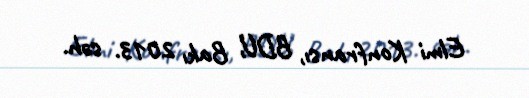
Elmi Konfransı, BDU, Bakı 2013. səh.